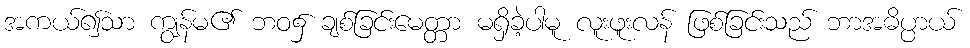
အကယ်၍သာ ကျွန်မ၏ ဘဝ၌ ချစ်ခြင်းမေတ္တာ မရှိခဲ့ပါမူ လူးဖူးလန် ဖြစ်ခြင်းသည် ဘာအဓိပ္ပာယ်